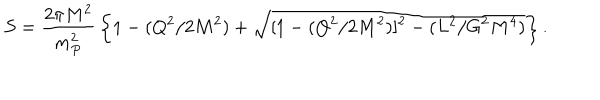
LaTeX: S = { \frac { 2 \pi M ^ { 2 } } { m _ { P } ^ { 2 } } } \left\{ 1 - ( Q ^ { 2 } / 2 M ^ { 2 } ) + \sqrt { [ 1 - ( Q ^ { 2 } / 2 M ^ { 2 } ) ] ^ { 2 } - ( L ^ { 2 } / G ^ { 2 } M ^ { 4 } ) } \right\} .